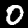
Digit: 0